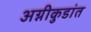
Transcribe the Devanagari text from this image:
अग्नीकुडांत